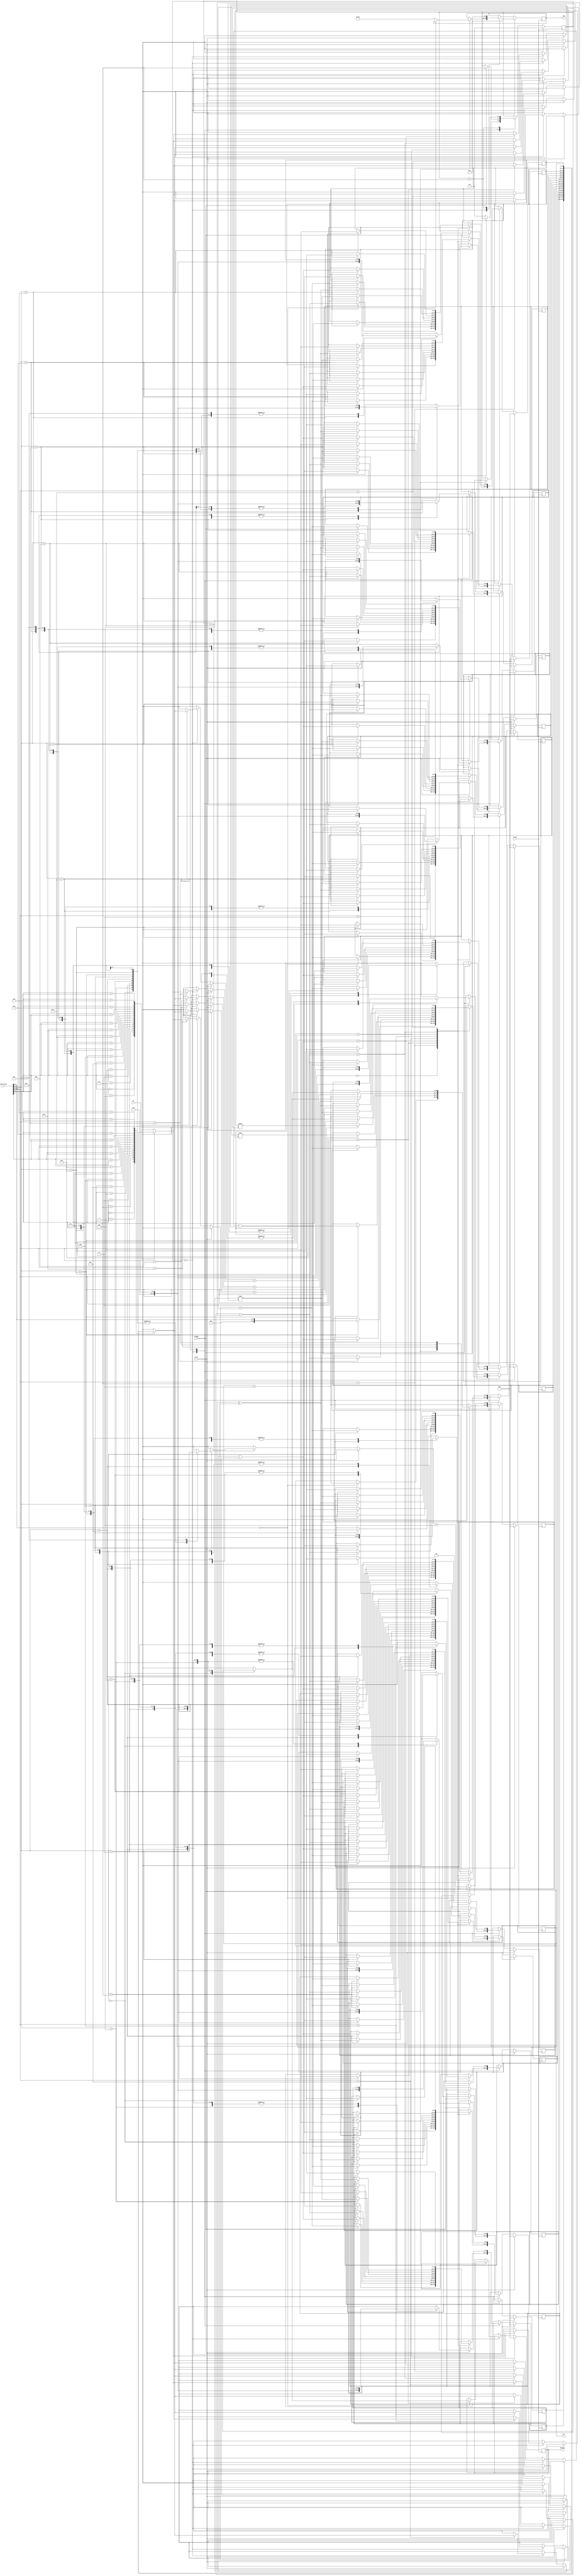


module ALU(instruction, pc, clock, display, in, trigger, reset, led);

	input clock, trigger, reset;
	input [15:0] instruction;
	input [9:0] in;
	output [15:0] pc, display;
	output [9:0] led;
		
	reg [15:0] reg_file [0:15];
	reg [15:0] display;
	reg [9:0] led;
	
	// reg 15 is the pc
	assign pc = reg_file[15];
	// Reg 8 temp out
	//assign r = reg_file[8];
	
	parameter LI = 4'h0, IO = 4'h1, ADD = 4'h2, SUB =  4'h3, AND = 4'h4, OR = 4'h5, XOR = 4'h6, SL = 4'h7, SR = 4'h8;
	parameter SA = 4'h9, BG = 4'ha, BL = 4'hb, BE = 4'hc;
	
	wire [3:0] rd = instruction[11:8];
	wire [3:0] rs1 = instruction[7:4];
	wire [3:0] rs2 = instruction[3:0];
	wire [7:0] immediate = instruction[7:0]; // Same as IO
	
	initial reg_file[15] = 16'b0;
	
	parameter RUN = 2'b00, HOLD = 2'b01, INPUT = 2'b10;
	reg [1:0] state;
	initial state = RUN;
	
	always @ (negedge clock)
	begin
		if (reset == 1'b0) begin
			case (state)
			RUN: begin
				case(instruction[15:12])
					LI: begin
						reg_file[rd] <= { 8'b0, immediate };
						reg_file[15] <= reg_file[15] + 4'h1;
					end
					IO: begin
						if (immediate == 8'b0) begin
							display <= reg_file[rd];
							reg_file[15] <= reg_file[15] + 4'h1;
						end
						else begin
							led <= 10'b1111111111;
							state <= HOLD;
						end
					end
					ADD: begin
						reg_file[rd] <= reg_file[rs1] + reg_file[rs2];
						reg_file[15] <= reg_file[15] + 4'h1;
					end
					SUB: begin
						reg_file[rd] <= reg_file[rs1] - reg_file[rs2];
						reg_file[15] <= reg_file[15] + 4'h1;
					end
					AND: begin
						reg_file[rd] <= reg_file[rs1] & reg_file[rs2];
						reg_file[15] <= reg_file[15] + 4'h1;
					end
					OR: begin
						reg_file[rd] <= reg_file[rs1] | reg_file[rs2];
						reg_file[15] <= reg_file[15] + 4'h1;
					end
					XOR: begin
						reg_file[rd] <= reg_file[rs1] ^ reg_file[rs2];
						reg_file[15] <= reg_file[15] + 4'h1;
					end
					SL: begin
						reg_file[rd] <= reg_file[rs1] << reg_file[rs2];
						reg_file[15] <= reg_file[15] + 4'h1;
					end
					SR: begin
						reg_file[rd] <= reg_file[rs1] >> reg_file[rs2];
						reg_file[15] <= reg_file[15] + 4'h1;
					end
					SA: begin
						reg_file[rd] <= reg_file[rs1] <<< reg_file[rs2];
						reg_file[15] <= reg_file[15] + 4'h1;
					end
					BG: begin
						if (reg_file[rs1] > reg_file[rs2])
							reg_file[15] <= reg_file[rd];
						else
							reg_file[15] <= reg_file[15] + 4'h1;
					end
					BL: begin
						if (reg_file[rs1] < reg_file[rs2])
							reg_file[15] <= reg_file[rd];
						else
							reg_file[15] <= reg_file[15] + 4'h1;
					end
					BE: begin
						if (reg_file[rs1] == reg_file[rs2])
							reg_file[15] <= reg_file[rd];
						else
							reg_file[15] <= reg_file[15] + 4'h1;
					end
					default:
						reg_file[15] <= reg_file[15] + 4'h1;
				endcase
			end
			HOLD: begin
				if (trigger == 1'b1) begin
					state <= INPUT;
					reg_file[rd] = { 6'b0, in };
					reg_file[15] <= reg_file[15] + 4'h1;
				end
			end
			INPUT: begin
				if (trigger == 1'b0)
					state <= RUN;
					led <= 10'b0;
			end
			endcase
		end
		else begin
			reg_file[0] <= 16'b0;
			reg_file[1] <= 16'b0;
			reg_file[2] <= 16'b0;
			reg_file[3] <= 16'b0;
			reg_file[4] <= 16'b0;
			reg_file[5] <= 16'b0;
			reg_file[6] <= 16'b0;
			reg_file[7] <= 16'b0;
			reg_file[8] <= 16'b0;
			reg_file[9] <= 16'b0;
			reg_file[10] <= 16'b0;
			reg_file[11] <= 16'b0;
			reg_file[12] <= 16'b0;
			reg_file[13] <= 16'b0;
			reg_file[14] <= 16'b0;
			reg_file[15] <= 16'b0;
			state <= RUN;
			led <= 10'b0;
			display <= 16'b0;
		end
	end
endmodule